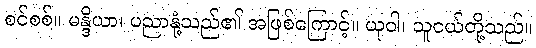
စင်စစ်။ မန္ဒိယာ၊ ပညာနုံ့သည်၏ အဖြစ်ကြောင့်။ ယုဝါ၊ သူငယ်တို့သည်။